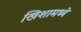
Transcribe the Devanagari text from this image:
खिशामध्ये